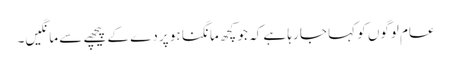
عام لوگوں کو کہا جا رہا ہے کہ جو کچھ مانگنا ہو پردے کے پیچھے سے مانگیں۔